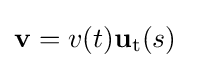
\mathbf {v} =v(t)\mathbf {u} _{\mathrm {t} }(s)\